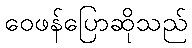
ဝေဖန်ပြောဆိုသည်